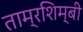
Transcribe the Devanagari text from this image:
ताम्रशिम्बी